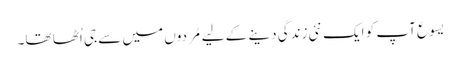
یسوع آپ کو ایک نئی زندگی دینے کے لیے مُردوں میں سے جی اُٹھا تھا۔